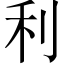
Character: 利